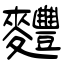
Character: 麷